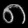
Digit: ၈